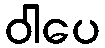
ဝါပေ